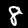
Digit: 8